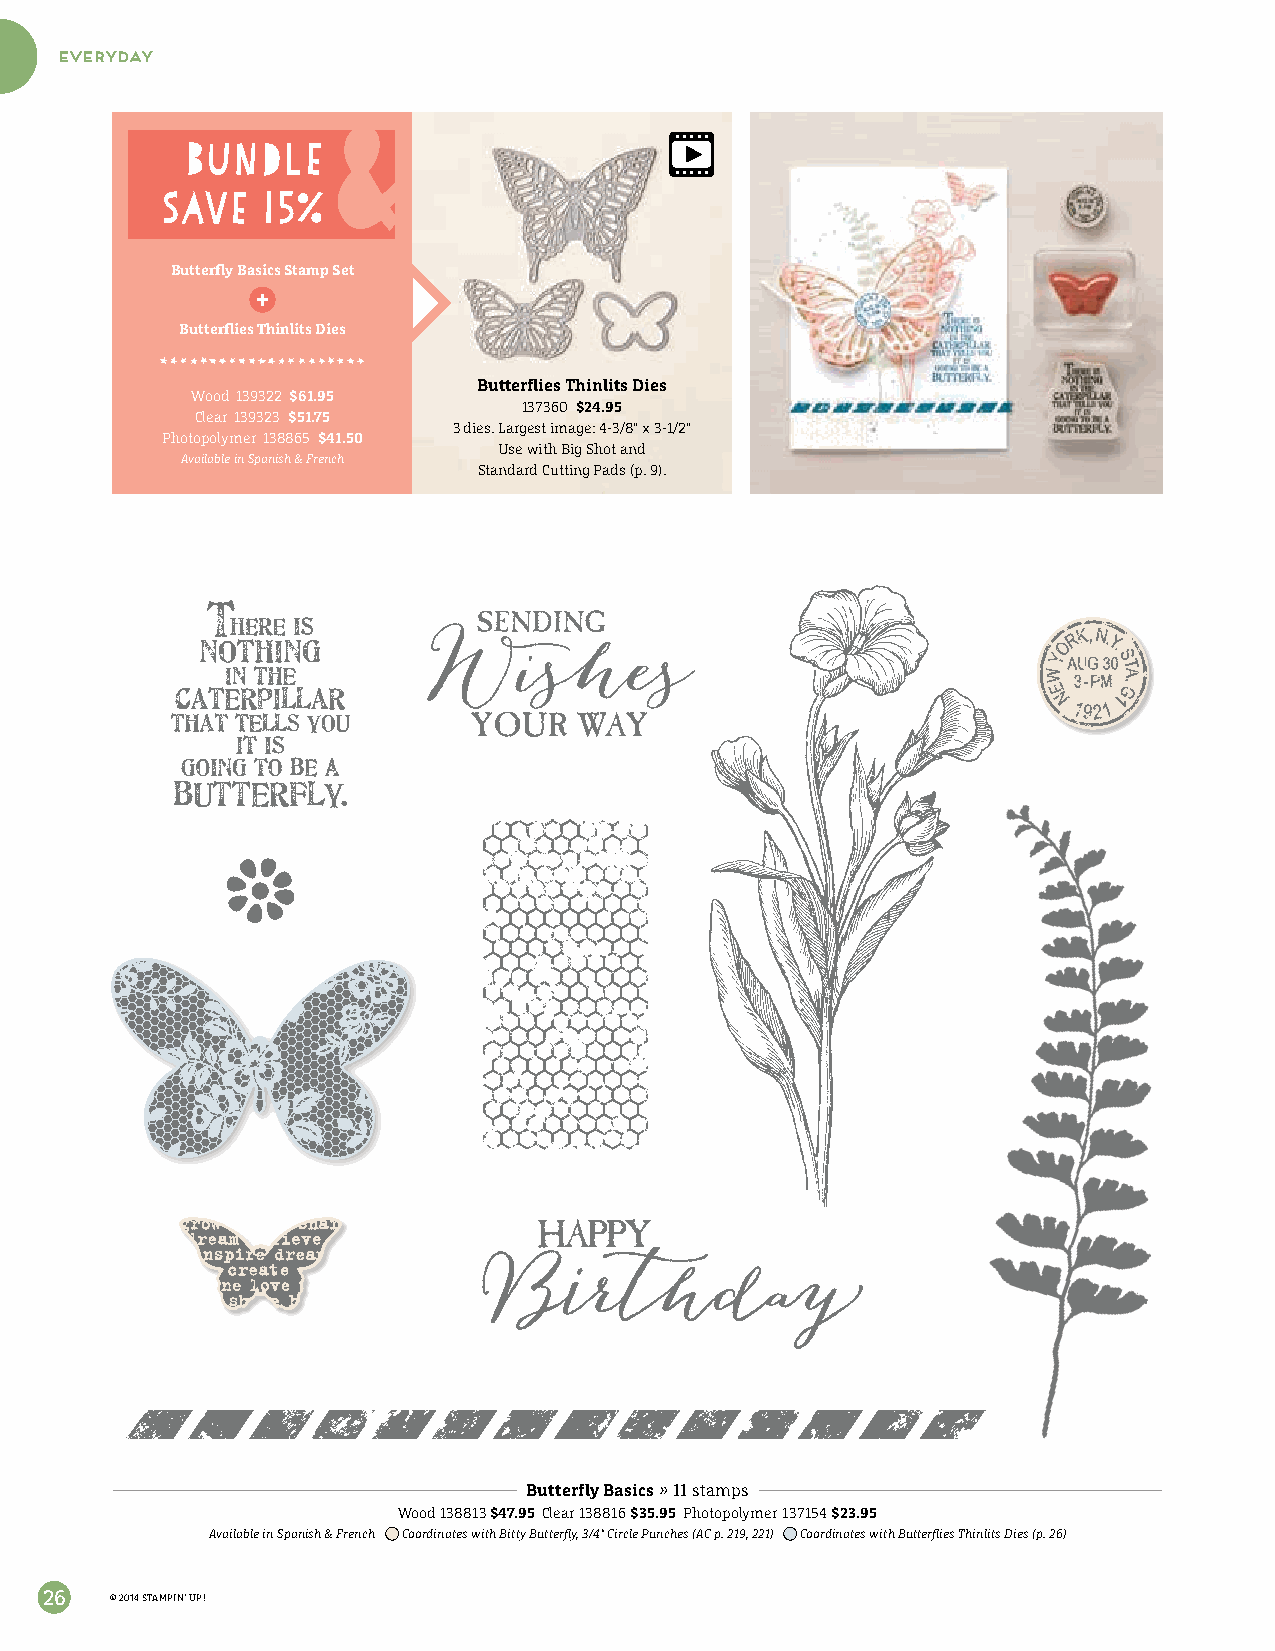
everyday
 bundle
 save   15%
 Butterfly Basics Stamp Set
 Butterflies Thinlits Dies
 Butterflies Thinlits Dies
 Wood 139322 $61.95
 137360 $24.95
 Clear 139323 $51.75
 3 dies. Largest image: 4-3/8" x 3-1/2"
 Photopolymer 138865 $41.50
 Use with Big Shot and
 Available in Spanish & French
 Standard Cutting Pads (p. 9).
 Butterfly Basics » 11 stamps
 Wood 138813 $47.95 Clear 138816 $35.95 Photopolymer 137154 $23.95
 Available in Spanish & French Coordinates with Bitty Butterfly, 3/4" Circle Punches (AC p. 219, 221) Coordinates with Butterflies Thinlits Dies (p. 26)
 26  © 2014 STAMPIN’ UP!